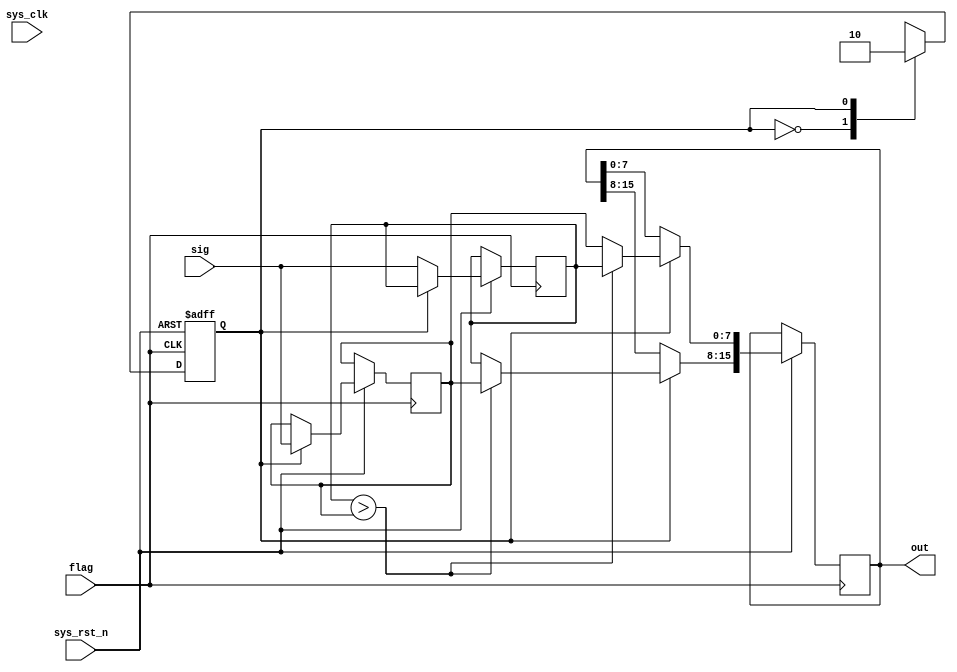
module concat (
    input   wire         sys_clk,
    input   wire         sys_rst_n,
    input   wire [7:0]   sig,
    input   wire         flag ,
    
    output  reg [15:0]   out  
);

reg cnt;
reg [7:0] temp2;
reg [7:0] temp1;

always@(posedge flag or negedge sys_rst_n)
    if (sys_rst_n==1'b0)
        cnt <= 2'd0;
    else begin
            case(cnt)
                1'd0: begin 
                    temp1<=sig;
                    cnt<=1'd1;
                end
                1'd1: begin
                        temp2 <= sig;
                        if (temp1>temp2) begin
                            begin
                                out[7:0]<=temp1;
                            end
                            begin
                                out[15:8]<=temp2;
                            end
                         end 
                         else begin
                            begin
                                out[15:8]<=temp1;
                            end
                            begin
                                out[7:0]<=temp2;
                            end
                         end
                    cnt<=1'd0;
                    end
                default: ;
            endcase
        end
        

endmodule